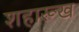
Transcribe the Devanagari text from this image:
शहारूख